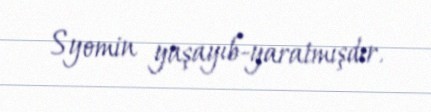
Syomin yaşayıb-yaratmışdır.